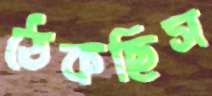
ঠেকছিস